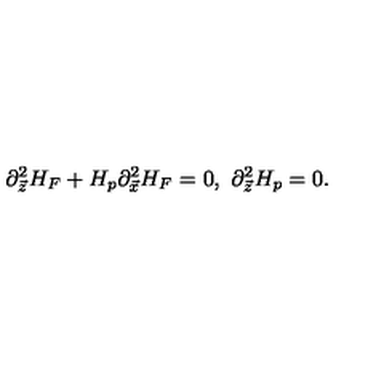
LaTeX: \partial _ { \vec { z } } ^ { 2 } H _ { F } + H _ { p } \partial _ { \vec { x } } ^ { 2 } H _ { F } = 0 , \ \partial _ { \vec { z } } ^ { 2 } H _ { p } = 0 .